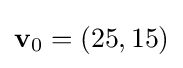
\mathbf {v} _{0}=(25,15)